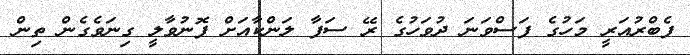
ފެބްރުއަރީ މަހުގެ ފަސްވަނަ ދުވަހުގެ ރޭ ސަފާ ލަންކާއަށް ފޮނުވާލީ ގިނަވެގެން ތިން